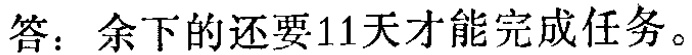
答：余下的还要11天才能完成任务。